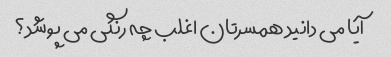
آیا می دانید همسرتان اغلب چه رنگی می پوشد؟